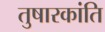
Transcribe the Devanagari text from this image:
तुषारकांति